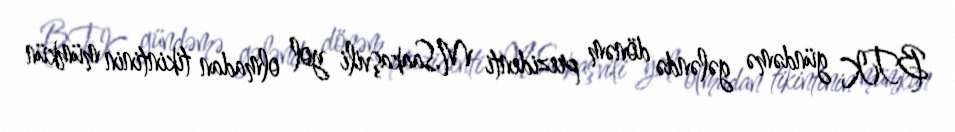
BTK gündəmə gələndə dönəm prezidenti M.Saakaşvili yol olmadan tikintinin mümkün